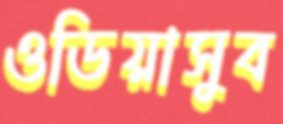
ওডিয়াসুব